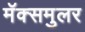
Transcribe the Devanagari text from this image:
मॅक्समुलर